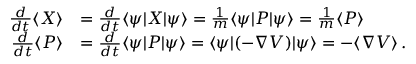
{ \begin{array} { r l } { { \frac { d } { d t } } \langle X \rangle } & { = { \frac { d } { d t } } \langle \psi | X | \psi \rangle = { \frac { 1 } { m } } \langle \psi | P | \psi \rangle = { \frac { 1 } { m } } \langle P \rangle } \\ { { \frac { d } { d t } } \langle P \rangle } & { = { \frac { d } { d t } } \langle \psi | P | \psi \rangle = \langle \psi | ( - \nabla V ) | \psi \rangle = - \langle \nabla V \rangle \, . } \end{array} }